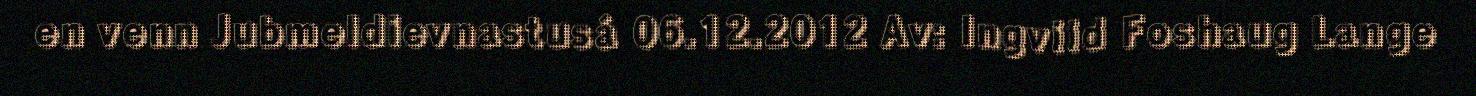
en venn Jubmeldievnastusá 06.12.2012 Av: Ingvild Foshaug Lange